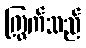
ကြွက်သည်